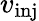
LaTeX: v_{\textrm{inj}}